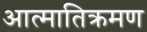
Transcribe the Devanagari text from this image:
आत्मातिक्रमण